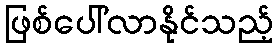
ဖြစ်ပေါ်လာနိုင်သည့်